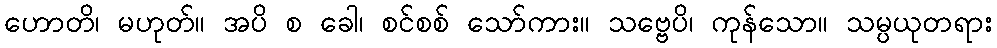
ဟောတိ၊ မဟုတ်။ အပိ စ ခေါ၊ စင်စစ် သော်ကား။ သဗ္ဗေပိ၊ ကုန်သော။ သမ္ပယုတရား